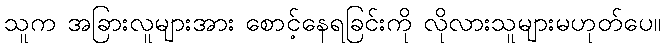
သူက အခြားလူများအား စောင့်နေရခြင်းကို လိုလားသူများမဟုတ်ပေ။